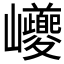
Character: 巙